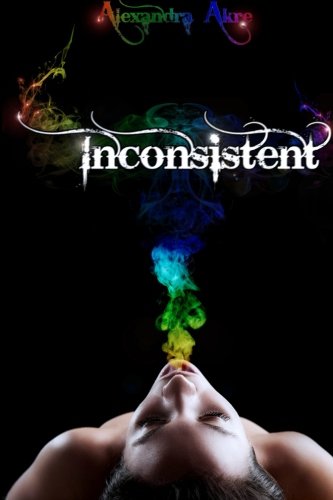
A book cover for Inconsistent; Alexandra Akre; Science Fiction & Fantasy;